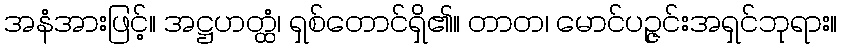
အနံအားဖြင့်။ အဋ္ဌဟတ္ထံ၊ ရှစ်တောင်ရှိ၏။ တာတ၊ မောင်ပဉ္ဇင်းအရှင်ဘုရား။